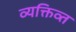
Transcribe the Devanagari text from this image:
व्यक्तिव्त